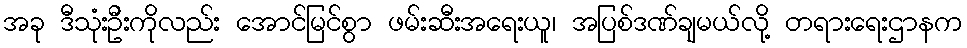
အခု ဒီသုံးဦးကိုလည်း အောင်မြင်စွာ ဖမ်းဆီးအရေးယူ၊ အပြစ်ဒဏ်ချမယ်လို့ တရားရေးဌာနက